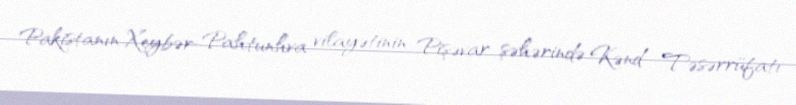
Pakistanın Xeybər-Pahtunhva vilayətinin Pişəvar şəhərində Kənd Təsərrüfatı